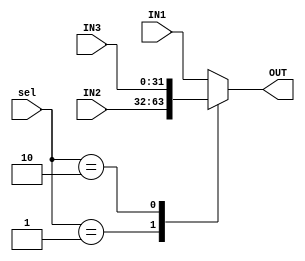
module mux4

#(

parameter WIDTH1 = 32,
parameter WIDTH2 = 32,
parameter WIDTH3 = 32,
parameter WIDTH4 = 32
)


(
input wire [1:0]sel,
input wire [WIDTH1-1:0]IN1,
input wire [WIDTH2-1:0]IN2,
input wire [WIDTH3-1:0]IN3,
output wire [WIDTH4-1:0]OUT

);

reg [WIDTH4-1:0]out_reg; 
assign OUT = out_reg;



always @ (*)
begin 

    case(sel)

 

2'b00: begin 
         
        out_reg = IN1;

        end 

2'b01:begin
        
       out_reg = IN2;
    
      end

2'b10:begin 

       out_reg = IN3;

      end 

default: 
     
     begin

     out_reg = IN1;

     end 


    endcase  


end 



endmodule